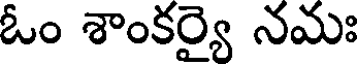
ఓం శాంకర్యై నమః